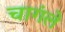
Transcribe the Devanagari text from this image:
चागंले